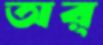
অর্